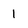
Character: 1